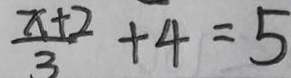
\frac { x + 2 } { 3 } + 4 = 5